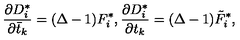
\frac { \partial D _ { i } ^ { * } } { \partial \bar { t } _ { k } } = ( \Delta - 1 ) F _ { i } ^ { * } , \frac { \partial D _ { i } ^ { * } } { \partial t _ { k } } = ( \Delta - 1 ) \tilde { F } _ { i } ^ { * } ,